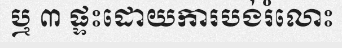
ឬ ៣ ផ្ទះដោយការបង់រំលោះ